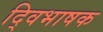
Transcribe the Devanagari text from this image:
द्विभाषक